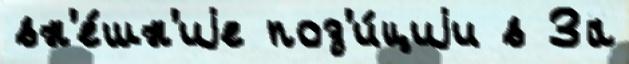
вн'е́шн'иjе поз'и́циjи в За